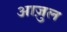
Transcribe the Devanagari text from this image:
आज़ुल